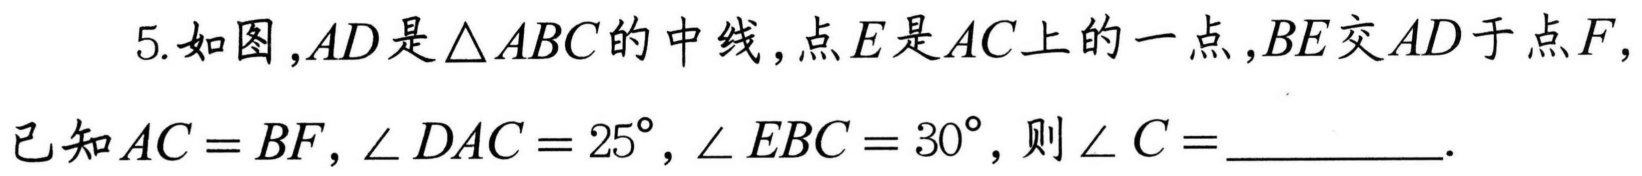
5.如图，\(AD\)是\(\triangle ABC\)的中线，点\(E\)是\(AC\)上的一点，\(BE\)交\(AD\)于点\(F\)，
已知\(AC = BF\)，\(\angle DAC = 25^{\circ}\)，\(\angle EBC = 30^{\circ}\)，则\(\angle C =\)_________.